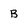
Character: B